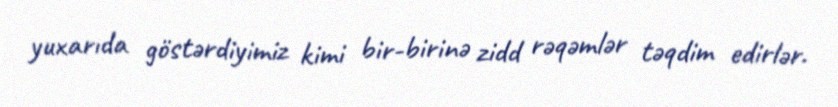
yuxarıda göstərdiyimiz kimi bir-birinə zidd rəqəmlər təqdim edirlər.